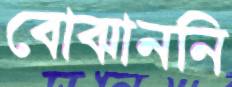
বোঝাননি